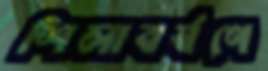
শিলাবর্ষণে